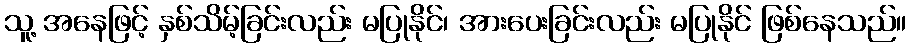
သူ့ အနေဖြင့် နှစ်သိမ့်ခြင်းလည်း မပြုနိုင်၊ အားပေးခြင်းလည်း မပြုနိုင် ဖြစ်နေသည်။